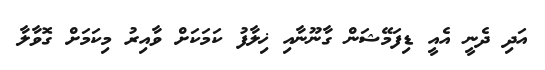
އަދި ދެނީ އެއީ ޑިފަމޭޝަން ގާނޫނާއި ޚިލާފު ކަމަކަށް ވާއިރު މިކަމަށް ގޮވާލާ